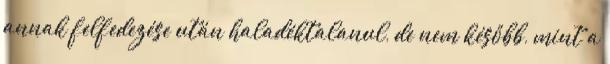
annak felfedezése után haladéktalanul, de nem később, mint a